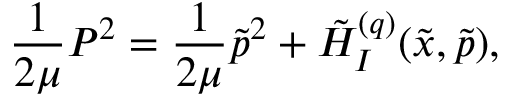
\frac { 1 } { 2 \mu } P ^ { 2 } = \frac { 1 } { 2 \mu } \tilde { p } ^ { 2 } + \tilde { H } _ { I } ^ { ( q ) } ( \tilde { x } , \tilde { p } ) ,